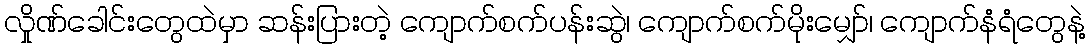
လှိုဏ်ခေါင်းတွေထဲမှာ ဆန်းပြားတဲ့ ကျောက်စက်ပန်းဆွဲ၊ ကျောက်စက်မိုးမျှော်၊ ကျောက်နံရံတွေနဲ့